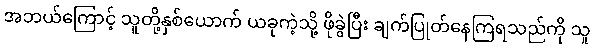
အဘယ်ကြောင့် သူတို့နှစ်ယောက် ယခုကဲ့သို့ ဖိုခွဲပြီး ချက်ပြုတ်နေကြရသည်ကို သူ